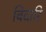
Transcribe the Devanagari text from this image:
बिदारि